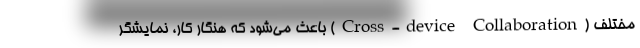
مختلف (Cross-device Collaboration) باعث می‌شود که هنگار کار، نمایشگر